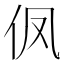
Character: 𮯹